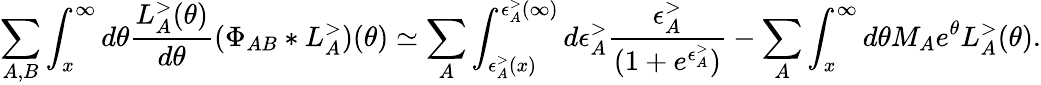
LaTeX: \sum_{A,B}\int_{x}^{\infty}d\theta\frac{L_{A}^{>}(\theta)}{d\theta}(\Phi_{AB}*L_{A}^{>})(\theta)\simeq\sum_{A}\int_{\epsilon_{A}^{>}(x)}^{\epsilon_{A}^{>}(\infty)}d\epsilon_{A}^{>}\frac{\epsilon_{A}^{>}}{(1+e^{\epsilon_{A}^{>}})}-\sum_{A}\int_{x}^{\infty}d\theta M_{A}e^{\theta}L_{A}^{>}(\theta).